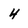
Character: 4